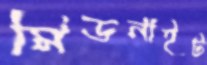
মিডনাইট